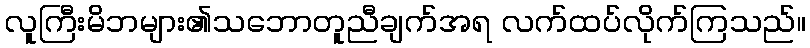
လူကြီးမိဘများ၏သဘောတူညီချက်အရ လက်ထပ်လိုက်ကြသည်။